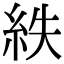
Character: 紩